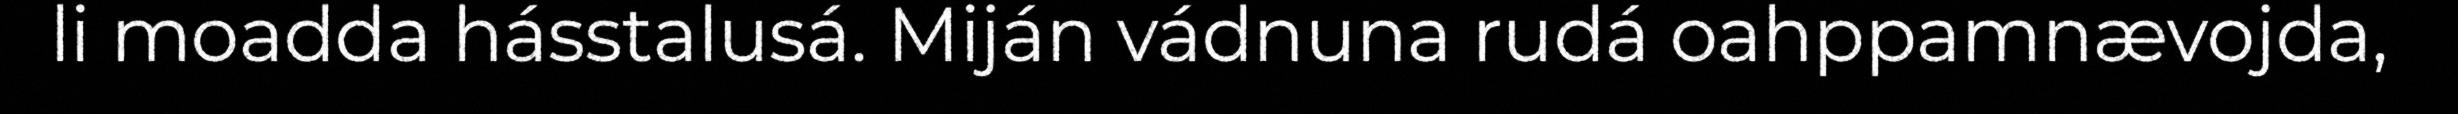
li moadda hásstalusá. Miján vádnuna rudá oahppamnævojda,